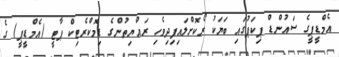
އެމްޑީޕީގެ ސައުންޑް ޕިކަޕުގައި ބަޔަކު ރޯކޮށްލައިފިދިވެހި ރައްޔިތުންގެ ޑިމޮކްރެޓިކް ޕާޓީ (އެމްޑީޕީ) ގެ